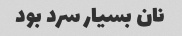
نان بسیار سرد بود